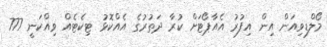
މޯލްޑިވިއަން އިން އިފުރު އެއާޕޯޓަށް ކުރާ ދަތުރުގެ އެއްކޮޅު ޓިކެޓެއް ވިއްކަނީ 777